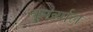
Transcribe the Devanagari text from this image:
कुर्ख्याल